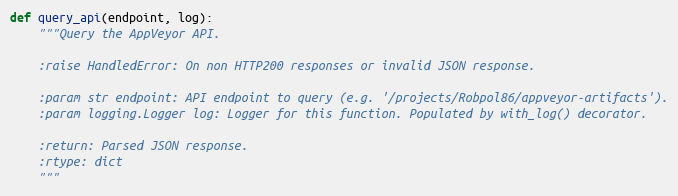
Language: Python
def query_api(endpoint, log):
    """Query the AppVeyor API.

    :raise HandledError: On non HTTP200 responses or invalid JSON response.

    :param str endpoint: API endpoint to query (e.g. '/projects/Robpol86/appveyor-artifacts').
    :param logging.Logger log: Logger for this function. Populated by with_log() decorator.

    :return: Parsed JSON response.
    :rtype: dict
    """